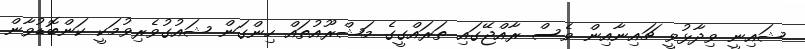
ޝައިނީ ވިދާޅުވީ ޗައިނާއިން ވެސް ރާއްޖޭގައި ތަރައްގީގެ މަޝްރޫއުތައް ހިންގަން ޝައުގުވެރިވުމަކީ ކަންބޮޑުވާން